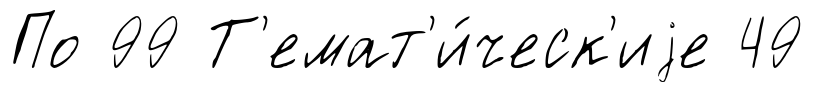
По 99 Т'емат'и́ческ'иjе 49